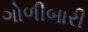
ગોળીબારી